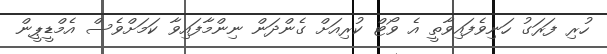
ހުރި ފަރަގު ހަނިވެފައިވާތީ އެ ވޯޓް ކުރިއަށް ގެންދަން ނިންމާފައިވާ ކަމަށްވެސް އެމްޑީޕީން